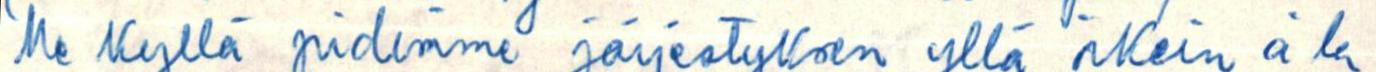
Me kyllä pidimme järjestyksen yllä oikein á la